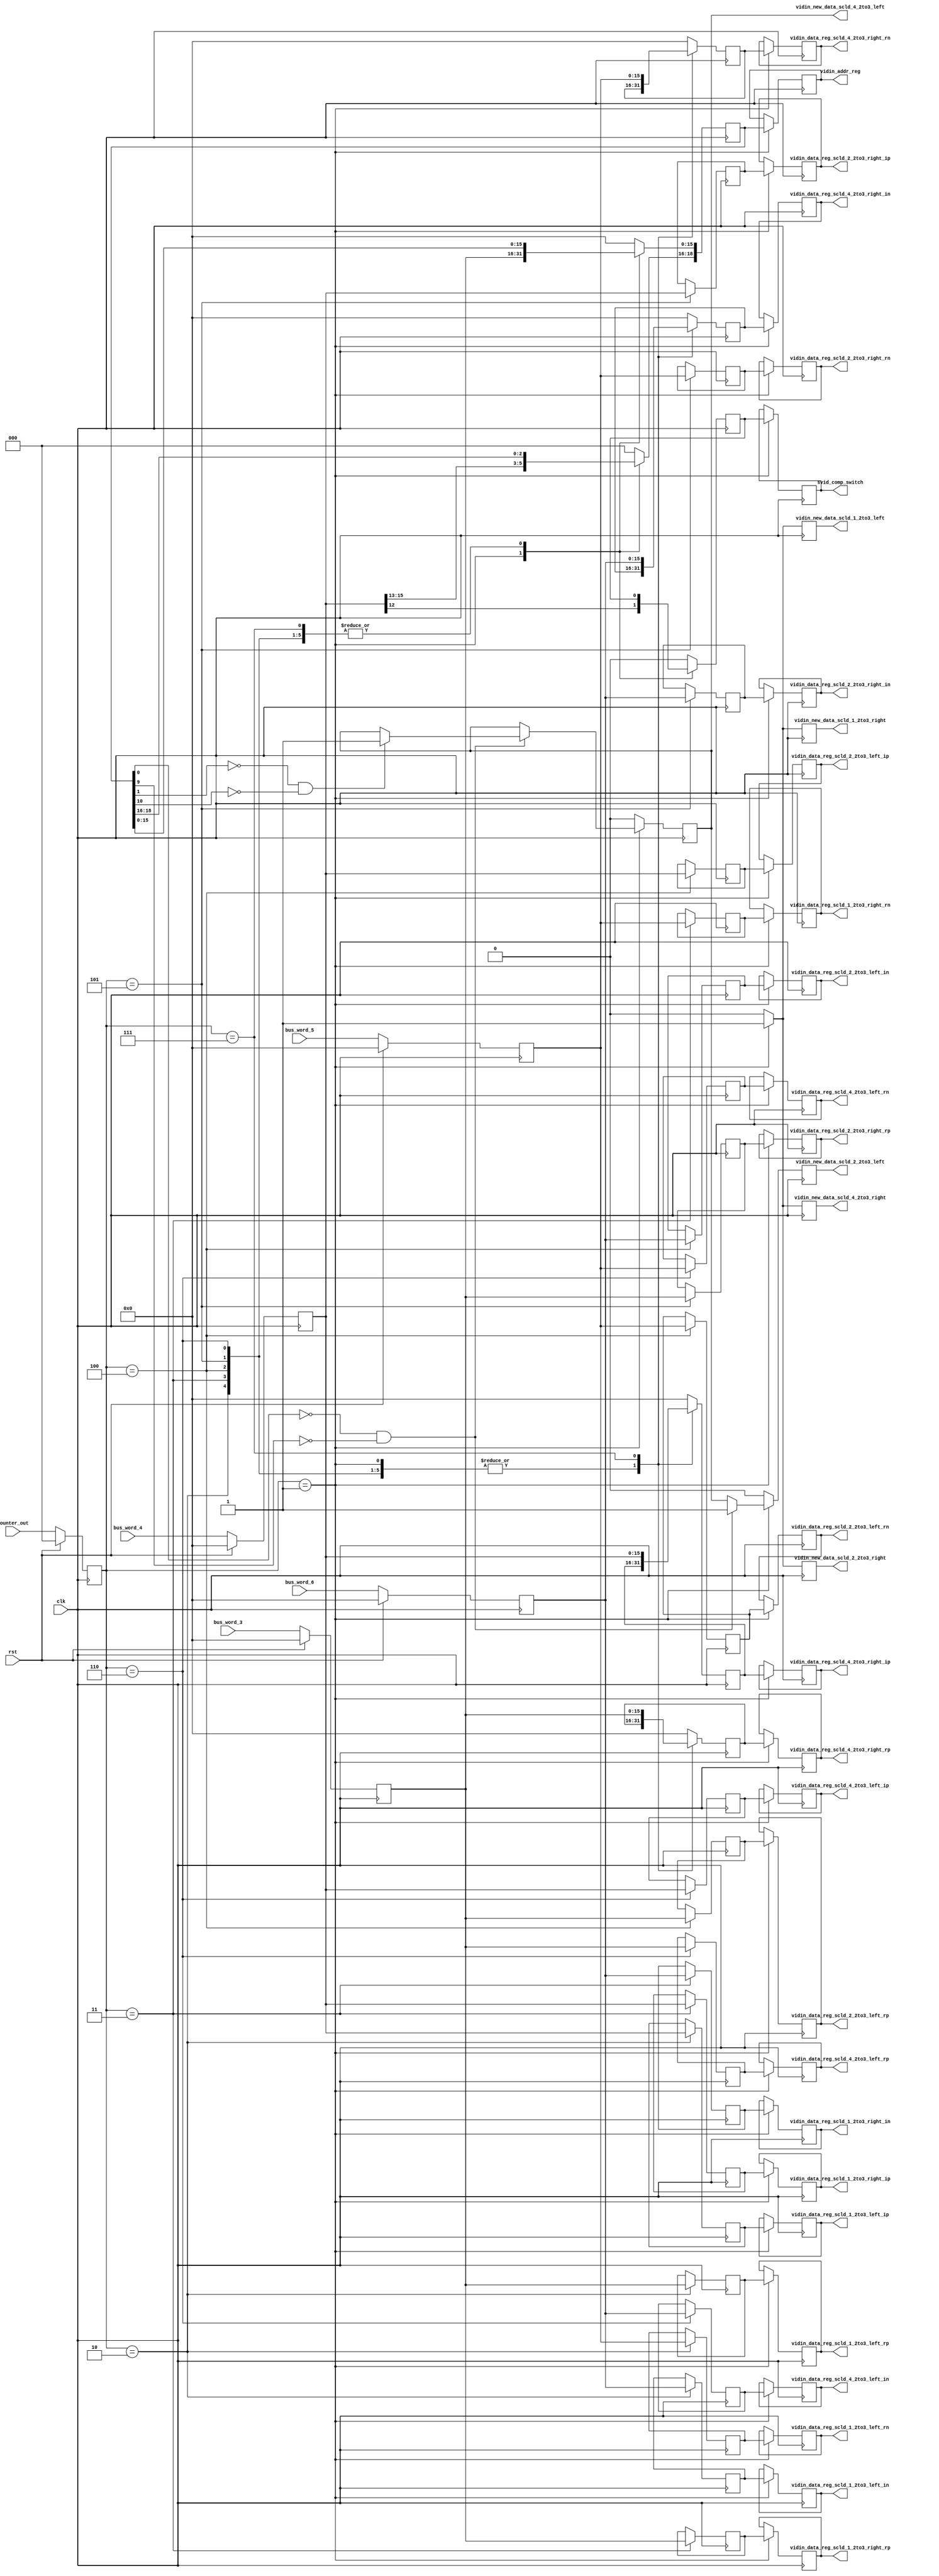

module port_bus_2to1_1 (clk, vidin_addr_reg, svid_comp_switch, vidin_new_data_scld_1_2to3_left, 
						vidin_data_reg_scld_1_2to3_left_rp, vidin_data_reg_scld_1_2to3_left_ip, 
						vidin_data_reg_scld_1_2to3_left_rn, vidin_data_reg_scld_1_2to3_left_in, 
						vidin_new_data_scld_2_2to3_left, vidin_data_reg_scld_2_2to3_left_rp, 
						vidin_data_reg_scld_2_2to3_left_ip, vidin_data_reg_scld_2_2to3_left_rn, 
						vidin_data_reg_scld_2_2to3_left_in, vidin_new_data_scld_4_2to3_left, 
						vidin_data_reg_scld_4_2to3_left_rp, vidin_data_reg_scld_4_2to3_left_ip, 
						vidin_data_reg_scld_4_2to3_left_rn, vidin_data_reg_scld_4_2to3_left_in, 
						vidin_new_data_scld_1_2to3_right, vidin_data_reg_scld_1_2to3_right_rp, 
						vidin_data_reg_scld_1_2to3_right_ip, vidin_data_reg_scld_1_2to3_right_rn, 
						vidin_data_reg_scld_1_2to3_right_in, vidin_new_data_scld_2_2to3_right, 
						vidin_data_reg_scld_2_2to3_right_rp, vidin_data_reg_scld_2_2to3_right_ip, 
						vidin_data_reg_scld_2_2to3_right_rn, vidin_data_reg_scld_2_2to3_right_in, 
						vidin_new_data_scld_4_2to3_right, vidin_data_reg_scld_4_2to3_right_rp, 
						vidin_data_reg_scld_4_2to3_right_ip, vidin_data_reg_scld_4_2to3_right_rn, 
						vidin_data_reg_scld_4_2to3_right_in, bus_word_3, bus_word_4, bus_word_5, 
						bus_word_6, counter_out, rst); 
   input clk; 
   input rst; 
   output[18:0] vidin_addr_reg; 
   reg[18:0] vidin_addr_reg;
   output svid_comp_switch; 
   reg svid_comp_switch;
   output vidin_new_data_scld_1_2to3_left; 
   reg vidin_new_data_scld_1_2to3_left;
   output[15:0] vidin_data_reg_scld_1_2to3_left_rp; 
   reg[15:0] vidin_data_reg_scld_1_2to3_left_rp;
   output[15:0] vidin_data_reg_scld_1_2to3_left_ip; 
   reg[15:0] vidin_data_reg_scld_1_2to3_left_ip;
   output[15:0] vidin_data_reg_scld_1_2to3_left_rn; 
   reg[15:0] vidin_data_reg_scld_1_2to3_left_rn;
   output[15:0] vidin_data_reg_scld_1_2to3_left_in; 
   reg[15:0] vidin_data_reg_scld_1_2to3_left_in;
   output vidin_new_data_scld_2_2to3_left; 
   reg vidin_new_data_scld_2_2to3_left;
   output[15:0] vidin_data_reg_scld_2_2to3_left_rp; 
   reg[15:0] vidin_data_reg_scld_2_2to3_left_rp;
   output[15:0] vidin_data_reg_scld_2_2to3_left_ip; 
   reg[15:0] vidin_data_reg_scld_2_2to3_left_ip;
   output[15:0] vidin_data_reg_scld_2_2to3_left_rn; 
   reg[15:0] vidin_data_reg_scld_2_2to3_left_rn;
   output[15:0] vidin_data_reg_scld_2_2to3_left_in; 
   reg[15:0] vidin_data_reg_scld_2_2to3_left_in;
   output vidin_new_data_scld_4_2to3_left; 
   reg vidin_new_data_scld_4_2to3_left;
   output[15:0] vidin_data_reg_scld_4_2to3_left_rp; 
   reg[15:0] vidin_data_reg_scld_4_2to3_left_rp;
   output[15:0] vidin_data_reg_scld_4_2to3_left_ip; 
   reg[15:0] vidin_data_reg_scld_4_2to3_left_ip;
   output[15:0] vidin_data_reg_scld_4_2to3_left_rn; 
   reg[15:0] vidin_data_reg_scld_4_2to3_left_rn;
   output[15:0] vidin_data_reg_scld_4_2to3_left_in; 
   reg[15:0] vidin_data_reg_scld_4_2to3_left_in;
   output vidin_new_data_scld_1_2to3_right; 
   reg vidin_new_data_scld_1_2to3_right;
   output[15:0] vidin_data_reg_scld_1_2to3_right_rp; 
   reg[15:0] vidin_data_reg_scld_1_2to3_right_rp;
   output[15:0] vidin_data_reg_scld_1_2to3_right_ip; 
   reg[15:0] vidin_data_reg_scld_1_2to3_right_ip;
   output[15:0] vidin_data_reg_scld_1_2to3_right_rn; 
   reg[15:0] vidin_data_reg_scld_1_2to3_right_rn;
   output[15:0] vidin_data_reg_scld_1_2to3_right_in; 
   reg[15:0] vidin_data_reg_scld_1_2to3_right_in;
   output vidin_new_data_scld_2_2to3_right; 
   reg vidin_new_data_scld_2_2to3_right;
   output[15:0] vidin_data_reg_scld_2_2to3_right_rp; 
   reg[15:0] vidin_data_reg_scld_2_2to3_right_rp;
   output[15:0] vidin_data_reg_scld_2_2to3_right_ip; 
   reg[15:0] vidin_data_reg_scld_2_2to3_right_ip;
   output[15:0] vidin_data_reg_scld_2_2to3_right_rn; 
   reg[15:0] vidin_data_reg_scld_2_2to3_right_rn;
   output[15:0] vidin_data_reg_scld_2_2to3_right_in; 

   reg[15:0] vidin_data_reg_scld_2_2to3_right_in;
   output vidin_new_data_scld_4_2to3_right; 
   reg vidin_new_data_scld_4_2to3_right;
   output[15:0] vidin_data_reg_scld_4_2to3_right_rp; 
   reg[15:0] vidin_data_reg_scld_4_2to3_right_rp;
   output[15:0] vidin_data_reg_scld_4_2to3_right_ip; 
   reg[15:0] vidin_data_reg_scld_4_2to3_right_ip;
   output[15:0] vidin_data_reg_scld_4_2to3_right_rn; 
   reg[15:0] vidin_data_reg_scld_4_2to3_right_rn;
   output[15:0] vidin_data_reg_scld_4_2to3_right_in; 
   reg[15:0] vidin_data_reg_scld_4_2to3_right_in;
   input[15:0] bus_word_3; 
   input[15:0] bus_word_4; 
   input[15:0] bus_word_5; 
   input[15:0] bus_word_6; 
   input[2:0] counter_out; 

   reg[15:0] bus_word_3_tmp; 
   reg[15:0] bus_word_4_tmp; 
   reg[15:0] bus_word_5_tmp; 
   reg[15:0] bus_word_6_tmp; 
   reg[18:0] vidin_addr_reg_tmp; 
   reg svid_comp_switch_tmp; 
/*
   reg vidin_new_data_scld_1_2to3_left_tmp; 
   reg vidin_new_data_scld_2_2to3_left_tmp; 
   reg vidin_new_data_scld_4_2to3_left_tmp; 
   reg vidin_new_data_scld_1_2to3_right_tmp; 
   reg vidin_new_data_scld_2_2to3_right_tmp; 
   reg vidin_new_data_scld_4_2to3_right_tmp; 
*/
   reg[2:0] counter_out_tmp; 
   reg[15:0] vidin_data_reg_scld_1_2to3_left_rp_tmp; 
   reg[15:0] vidin_data_reg_scld_1_2to3_left_ip_tmp; 
   reg[15:0] vidin_data_reg_scld_1_2to3_left_rn_tmp; 
   reg[15:0] vidin_data_reg_scld_1_2to3_left_in_tmp; 
   reg[15:0] vidin_data_reg_scld_2_2to3_left_rp_tmp; 
   reg[15:0] vidin_data_reg_scld_2_2to3_left_ip_tmp; 
   reg[15:0] vidin_data_reg_scld_2_2to3_left_rn_tmp; 
   reg[15:0] vidin_data_reg_scld_2_2to3_left_in_tmp; 
   reg[15:0] vidin_data_reg_scld_4_2to3_left_rp_tmp; 
   reg[15:0] vidin_data_reg_scld_4_2to3_left_ip_tmp; 
   reg[15:0] vidin_data_reg_scld_4_2to3_left_rn_tmp; 
   reg[15:0] vidin_data_reg_scld_4_2to3_left_in_tmp; 
   reg[15:0] vidin_data_reg_scld_1_2to3_right_rp_tmp; 
   reg[15:0] vidin_data_reg_scld_1_2to3_right_ip_tmp; 
   reg[15:0] vidin_data_reg_scld_1_2to3_right_rn_tmp; 
   reg[15:0] vidin_data_reg_scld_1_2to3_right_in_tmp; 
   reg[15:0] vidin_data_reg_scld_2_2to3_right_rp_tmp; 
   reg[15:0] vidin_data_reg_scld_2_2to3_right_ip_tmp; 
   reg[15:0] vidin_data_reg_scld_2_2to3_right_rn_tmp; 
   reg[15:0] vidin_data_reg_scld_2_2to3_right_in_tmp; 
   reg[15:0] vidin_data_reg_scld_4_2to3_right_rp_tmp; 
   reg[15:0] vidin_data_reg_scld_4_2to3_right_ip_tmp; 
   reg[15:0] vidin_data_reg_scld_4_2to3_right_rn_tmp; 
   reg[15:0] vidin_data_reg_scld_4_2to3_right_in_tmp; 

   always @(posedge clk)
   begin
         case (counter_out_tmp[2:0])
// took out noop case 3'b000
            3'b001 :
                     begin
                        vidin_addr_reg_tmp[15:0] <= bus_word_3_tmp ; 
                        vidin_addr_reg_tmp[18:16] <= bus_word_4_tmp[15:13] ; 

                       svid_comp_switch_tmp <= bus_word_4_tmp[12] ; 
/*
                        vidin_new_data_scld_1_2to3_left_tmp <= bus_word_4_tmp[11] ; 
                        vidin_new_data_scld_2_2to3_left_tmp <= bus_word_4_tmp[10] ; 
                        vidin_new_data_scld_4_2to3_left_tmp <= bus_word_4_tmp[9] ; 
                        vidin_new_data_scld_1_2to3_right_tmp <= bus_word_4_tmp[8] ; 
                        vidin_new_data_scld_2_2to3_right_tmp <= bus_word_4_tmp[7] ; 
                        vidin_new_data_scld_4_2to3_right_tmp <= bus_word_4_tmp[6] ; 
*/
                     end
            3'b010 :
                     begin
                        vidin_data_reg_scld_1_2to3_left_rp_tmp <= bus_word_3_tmp ; 
                        vidin_data_reg_scld_1_2to3_left_ip_tmp <= bus_word_4_tmp ; 
                        vidin_data_reg_scld_1_2to3_left_rn_tmp <= bus_word_5_tmp ; 
                        vidin_data_reg_scld_1_2to3_left_in_tmp <= bus_word_6_tmp ; 
                     end
            3'b011 :
                     begin
                        vidin_data_reg_scld_1_2to3_right_rp_tmp <= bus_word_3_tmp ; 
                        vidin_data_reg_scld_1_2to3_right_ip_tmp <= bus_word_4_tmp ; 
                        vidin_data_reg_scld_1_2to3_right_rn_tmp <= bus_word_5_tmp ; 
                        vidin_data_reg_scld_1_2to3_right_in_tmp <= bus_word_6_tmp ; 
                     end
            3'b100 :
                     begin
                        vidin_data_reg_scld_2_2to3_left_rp_tmp <= bus_word_3_tmp ; 
                        vidin_data_reg_scld_2_2to3_left_ip_tmp <= bus_word_4_tmp ; 
                        vidin_data_reg_scld_2_2to3_left_rn_tmp <= bus_word_5_tmp ; 
                        vidin_data_reg_scld_2_2to3_left_in_tmp <= bus_word_6_tmp ; 
                     end
            3'b101 :
                     begin
                        vidin_data_reg_scld_2_2to3_right_rp_tmp <= bus_word_3_tmp ; 
                        vidin_data_reg_scld_2_2to3_right_ip_tmp <= bus_word_4_tmp ; 
                        vidin_data_reg_scld_2_2to3_right_rn_tmp <= bus_word_5_tmp ; 
                        vidin_data_reg_scld_2_2to3_right_in_tmp <= bus_word_6_tmp ; 
                     end
            3'b110 :
                     begin
                        vidin_data_reg_scld_4_2to3_left_rp_tmp <= bus_word_3_tmp ; 
                        vidin_data_reg_scld_4_2to3_left_ip_tmp <= bus_word_4_tmp ; 
                        vidin_data_reg_scld_4_2to3_left_rn_tmp <= bus_word_5_tmp ; 
                        vidin_data_reg_scld_4_2to3_left_in_tmp <= bus_word_6_tmp ; 
                     end
            3'b111 :
                     begin
                        vidin_data_reg_scld_4_2to3_right_rp_tmp <= bus_word_3_tmp ; 
                        vidin_data_reg_scld_4_2to3_right_ip_tmp <= bus_word_4_tmp ; 
                        vidin_data_reg_scld_4_2to3_right_rn_tmp <= bus_word_5_tmp ; 
                        vidin_data_reg_scld_4_2to3_right_in_tmp <= bus_word_6_tmp ; 
                     end
	default: 
		begin 
			vidin_data_reg_scld_4_2to3_right_rp_tmp <= 0; 
                        vidin_data_reg_scld_4_2to3_right_ip_tmp <= 0; 
                        vidin_data_reg_scld_4_2to3_right_rn_tmp <= 0; 
                        vidin_data_reg_scld_4_2to3_right_in_tmp <= 0; 
			vidin_addr_reg_tmp <= 0; 
			svid_comp_switch_tmp <=0;
		end 
         endcase 
   end 

   always @(posedge clk)
    begin
	if (rst) 
	begin 
         counter_out_tmp <= 0; 
         bus_word_3_tmp  <= 0; 
         bus_word_4_tmp  <= 0; 
         bus_word_5_tmp  <= 0; 
         bus_word_6_tmp  <= 0; 
	end 
	else 
	begin 
         counter_out_tmp <= counter_out ; 
         bus_word_3_tmp <= bus_word_3 ; 
         bus_word_4_tmp <= bus_word_4 ; 
         bus_word_5_tmp <= bus_word_5 ; 
         bus_word_6_tmp <= bus_word_6 ; 
	end 
   end 

   always @(posedge clk)
   begin
	if (counter_out_tmp == 3'b001)
	begin
		vidin_addr_reg <= vidin_addr_reg_tmp ; 
		svid_comp_switch <= svid_comp_switch_tmp ; 
		vidin_new_data_scld_1_2to3_left <= 1'b1 ; 
		if (((vidin_addr_reg_tmp[0]) == 1'b0) && ((vidin_addr_reg_tmp[9]) == 1'b0))
		begin
			vidin_new_data_scld_2_2to3_left <= 1'b1 ; 
			if (((vidin_addr_reg_tmp[1]) == 1'b0) && ((vidin_addr_reg_tmp[10]) == 1'b0))
			begin
				vidin_new_data_scld_4_2to3_left <= 1'b1 ; 
			end 
			else
			begin
				vidin_new_data_scld_4_2to3_left <= vidin_new_data_scld_4_2to3_left;
			end
		end 
		else
		begin
			vidin_new_data_scld_2_2to3_left <= vidin_new_data_scld_4_2to3_left ; 
			vidin_new_data_scld_4_2to3_left <= vidin_new_data_scld_4_2to3_left;
		end
		vidin_new_data_scld_1_2to3_right <= 1'b1 ; 
		vidin_new_data_scld_2_2to3_right <= 1'b1 ; 
		vidin_new_data_scld_4_2to3_right <= 1'b1 ; 
		vidin_data_reg_scld_1_2to3_left_rp <= vidin_data_reg_scld_1_2to3_left_rp_tmp ; 
		vidin_data_reg_scld_1_2to3_left_ip <= vidin_data_reg_scld_1_2to3_left_ip_tmp ; 
		vidin_data_reg_scld_1_2to3_left_rn <= vidin_data_reg_scld_1_2to3_left_rn_tmp ; 
		vidin_data_reg_scld_1_2to3_left_in <= vidin_data_reg_scld_1_2to3_left_in_tmp ; 
		vidin_data_reg_scld_2_2to3_left_rp <= vidin_data_reg_scld_2_2to3_left_rp_tmp ; 
		vidin_data_reg_scld_2_2to3_left_ip <= vidin_data_reg_scld_2_2to3_left_ip_tmp ; 
		vidin_data_reg_scld_2_2to3_left_rn <= vidin_data_reg_scld_2_2to3_left_rn_tmp ; 
		vidin_data_reg_scld_2_2to3_left_in <= vidin_data_reg_scld_2_2to3_left_in_tmp ; 
		vidin_data_reg_scld_4_2to3_left_rp <= vidin_data_reg_scld_4_2to3_left_rp_tmp ; 
		vidin_data_reg_scld_4_2to3_left_ip <= vidin_data_reg_scld_4_2to3_left_ip_tmp ; 
		vidin_data_reg_scld_4_2to3_left_rn <= vidin_data_reg_scld_4_2to3_left_rn_tmp ; 
		vidin_data_reg_scld_4_2to3_left_in <= vidin_data_reg_scld_4_2to3_left_in_tmp ; 
		vidin_data_reg_scld_1_2to3_right_rp <= vidin_data_reg_scld_1_2to3_right_rp_tmp ; 
		vidin_data_reg_scld_1_2to3_right_ip <= vidin_data_reg_scld_1_2to3_right_ip_tmp ; 
		vidin_data_reg_scld_1_2to3_right_rn <= vidin_data_reg_scld_1_2to3_right_rn_tmp ; 
		vidin_data_reg_scld_1_2to3_right_in <= vidin_data_reg_scld_1_2to3_right_in_tmp ; 
		vidin_data_reg_scld_2_2to3_right_rp <= vidin_data_reg_scld_2_2to3_right_rp_tmp ; 
		vidin_data_reg_scld_2_2to3_right_ip <= vidin_data_reg_scld_2_2to3_right_ip_tmp ; 
		vidin_data_reg_scld_2_2to3_right_rn <= vidin_data_reg_scld_2_2to3_right_rn_tmp ; 
		vidin_data_reg_scld_2_2to3_right_in <= vidin_data_reg_scld_2_2to3_right_in_tmp ; 
		vidin_data_reg_scld_4_2to3_right_rp <= vidin_data_reg_scld_4_2to3_right_rp_tmp ; 
		vidin_data_reg_scld_4_2to3_right_ip <= vidin_data_reg_scld_4_2to3_right_ip_tmp ; 
		vidin_data_reg_scld_4_2to3_right_rn <= vidin_data_reg_scld_4_2to3_right_rn_tmp ; 
		vidin_data_reg_scld_4_2to3_right_in <= vidin_data_reg_scld_4_2to3_right_in_tmp ; 
	end
	else
	begin
		vidin_new_data_scld_1_2to3_left <= 1'b0 ; 
		vidin_new_data_scld_2_2to3_left <= 1'b0 ; 
		vidin_new_data_scld_4_2to3_left <= 1'b0 ; 
		vidin_new_data_scld_1_2to3_right <= 1'b0 ; 
		vidin_new_data_scld_2_2to3_right <= 1'b0 ; 
		vidin_new_data_scld_4_2to3_right <= 1'b0 ; 
		vidin_addr_reg <= vidin_addr_reg; 
		svid_comp_switch <= svid_comp_switch; 
		vidin_data_reg_scld_1_2to3_left_rp <= vidin_data_reg_scld_1_2to3_left_rp; 
		vidin_data_reg_scld_1_2to3_left_ip <= vidin_data_reg_scld_1_2to3_left_ip; 
		vidin_data_reg_scld_1_2to3_left_rn <= vidin_data_reg_scld_1_2to3_left_rn; 
		vidin_data_reg_scld_1_2to3_left_in <= vidin_data_reg_scld_1_2to3_left_in; 
		vidin_data_reg_scld_2_2to3_left_rp <= vidin_data_reg_scld_2_2to3_left_rp; 
		vidin_data_reg_scld_2_2to3_left_ip <= vidin_data_reg_scld_2_2to3_left_ip; 
		vidin_data_reg_scld_2_2to3_left_rn <= vidin_data_reg_scld_2_2to3_left_rn; 
		vidin_data_reg_scld_2_2to3_left_in <= vidin_data_reg_scld_2_2to3_left_in; 
		vidin_data_reg_scld_4_2to3_left_rp <= vidin_data_reg_scld_4_2to3_left_rp; 
		vidin_data_reg_scld_4_2to3_left_ip <= vidin_data_reg_scld_4_2to3_left_ip; 
		vidin_data_reg_scld_4_2to3_left_rn <= vidin_data_reg_scld_4_2to3_left_rn; 
		vidin_data_reg_scld_4_2to3_left_in <= vidin_data_reg_scld_4_2to3_left_in; 
		vidin_data_reg_scld_1_2to3_right_rp <= vidin_data_reg_scld_1_2to3_right_rp; 
		vidin_data_reg_scld_1_2to3_right_ip <= vidin_data_reg_scld_1_2to3_right_ip; 
		vidin_data_reg_scld_1_2to3_right_rn <= vidin_data_reg_scld_1_2to3_right_rn; 
		vidin_data_reg_scld_1_2to3_right_in <= vidin_data_reg_scld_1_2to3_right_in; 
		vidin_data_reg_scld_2_2to3_right_rp <= vidin_data_reg_scld_2_2to3_right_rp; 
		vidin_data_reg_scld_2_2to3_right_ip <= vidin_data_reg_scld_2_2to3_right_ip; 
		vidin_data_reg_scld_2_2to3_right_rn <= vidin_data_reg_scld_2_2to3_right_rn; 
		vidin_data_reg_scld_2_2to3_right_in <= vidin_data_reg_scld_2_2to3_right_in; 
		vidin_data_reg_scld_4_2to3_right_rp <= vidin_data_reg_scld_4_2to3_right_rp; 
		vidin_data_reg_scld_4_2to3_right_ip <= vidin_data_reg_scld_4_2to3_right_ip; 
		vidin_data_reg_scld_4_2to3_right_rn <= vidin_data_reg_scld_4_2to3_right_rn; 
		vidin_data_reg_scld_4_2to3_right_in <= vidin_data_reg_scld_4_2to3_right_in; 
	end 
   end 
endmodule